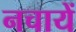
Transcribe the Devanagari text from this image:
नचायें